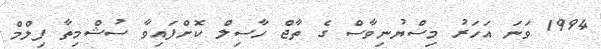
1994 ވަނަ އަހަރު މިސްޔުނިވާސް ގެ ތާޖް ހާސިލް ކޮށްފައިވާ ސުޝްމިތާ ފިލްމް